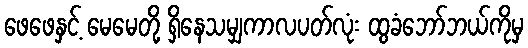
ဖေဖေနှင့် မေမေတို့ ရှိနေသမျှကာလပတ်လုံး ထွခံဘော်ဘယ်ကိုမှ